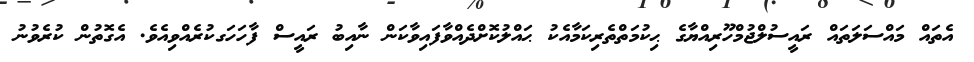
އެތައް މައްސަލަތައް ރައީސުލްޖުމްހޫރިއްޔާގެ ޙިކުމަތްތެރިކަމާއެކު ޙައްލުކޮށްދެއްވާފައިވާކަން ނާއިބު ރައީސް ފާހަހަގކުރެއްވިއެވެ. އެގޮތުން ކުރެވުނު